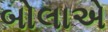
બોલાએ